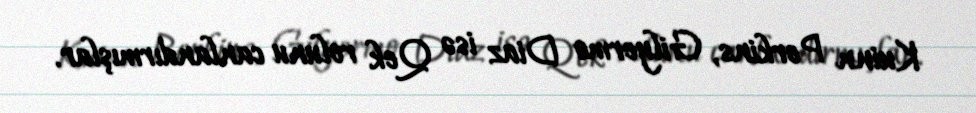
Kuinn Perkins, Gilyermo Diaz isə Qek rolunu canlandırmışlar.